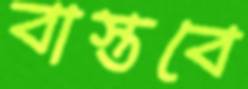
বাস্তবে